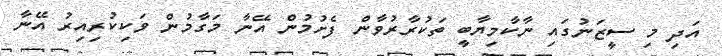
އަދި މި ސީޒަނުގައި ނާކާމިޔާބީ ތަކުރާރުވާން ފެށުމުން އޭނާ މަގާމުން ވަކިކުރިއިރު އޭނާ